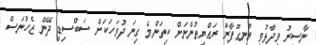
ނާސިރު ވިދާޅުވީ އުނގޫފާރު ރައްޔިތުންނަށް ކިތަންމެ ގިނަ ދުވަހަކަށް ސަބްސިޑީ ދޭން ޖެހުނަސް